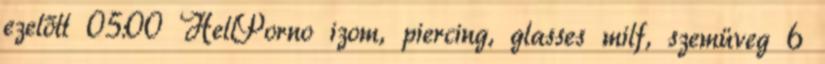
ezelőtt 05:00 HellPorno izom, piercing, glasses milf, szemüveg 6